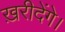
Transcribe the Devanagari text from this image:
ख़रीदेंगे।